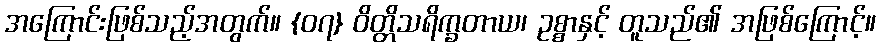
အကြောင်းဖြစ်သည့်အတွက်။ {၀၇} ဝိတ္တိသရိက္ခတာယ၊ ဥစ္စာနှင့် တူသည်၏ အဖြစ်ကြောင့်။